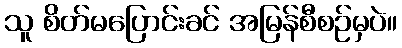
သူ စိတ်မပြောင်းခင် အမြန်စီစဉ်မှပဲ။